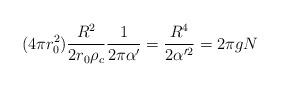
LaTeX: \begin{align*}(4\pi r_0^2) {R^2\over2 r_0 \rho_c} {1\over 2 \pi \alpha'}={R^4\over 2 \alpha'^2} = 2 \pi g N\end{align*}